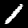
Digit: 1